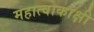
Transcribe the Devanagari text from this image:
महात्वाकांक्षी